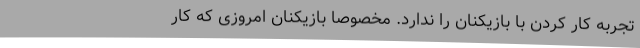
تجربه کار کردن با بازیکنان را ندارد. مخصوصا بازیکنان امروزی که کار